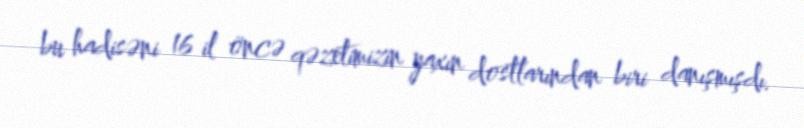
bu hadisəni 16 il öncə qəzetimizin yaxın dostlarından biri danışmışdı.